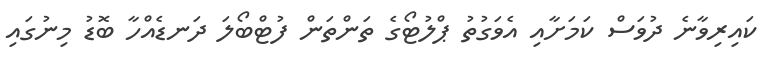
ކައިރިވާނެ ދުވަސް ކަމަށާއި އެވަގުތު ޕްލުޓޯގެ ތަންތަން ފުޓްބޯލަ ދަނޑެއްހާ ބޮޑު މިނުގައި